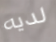
لديه